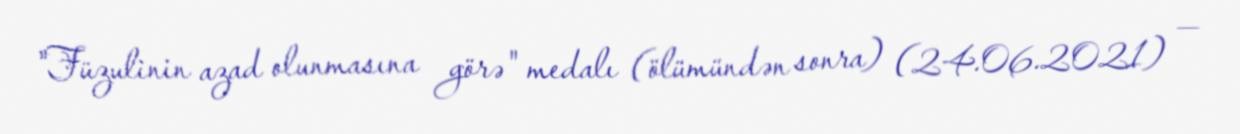
"Füzulinin azad olunmasına görə" medalı (ölümündən sonra) (24.06.2021) —